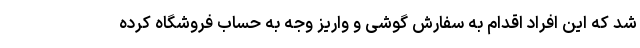
شد که این افراد اقدام به سفارش گوشی و واریز وجه به حساب فروشگاه کرده